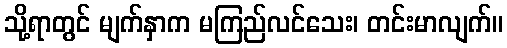
သို့ရာတွင် မျက်နှာက မကြည်လင်သေး၊ တင်းမာလျက်။